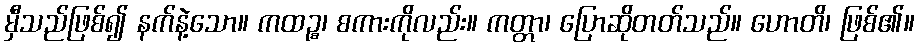
မှီသည်ဖြစ်၍ နက်နဲ့သော။ ကထဉ္စ၊ စကားကိုလည်း။ ကတ္တာ၊ ပြောဆိုတတ်သည်။ ဟောတိ၊ ဖြစ်၏။